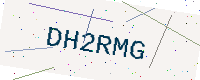
Text: DH2RMG